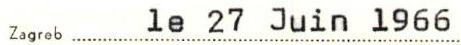
Zagreb le 27 Juin 1966